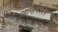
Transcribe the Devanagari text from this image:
ध्वनिनियंत्रण